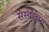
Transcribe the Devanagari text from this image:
संस्थांद्वारा